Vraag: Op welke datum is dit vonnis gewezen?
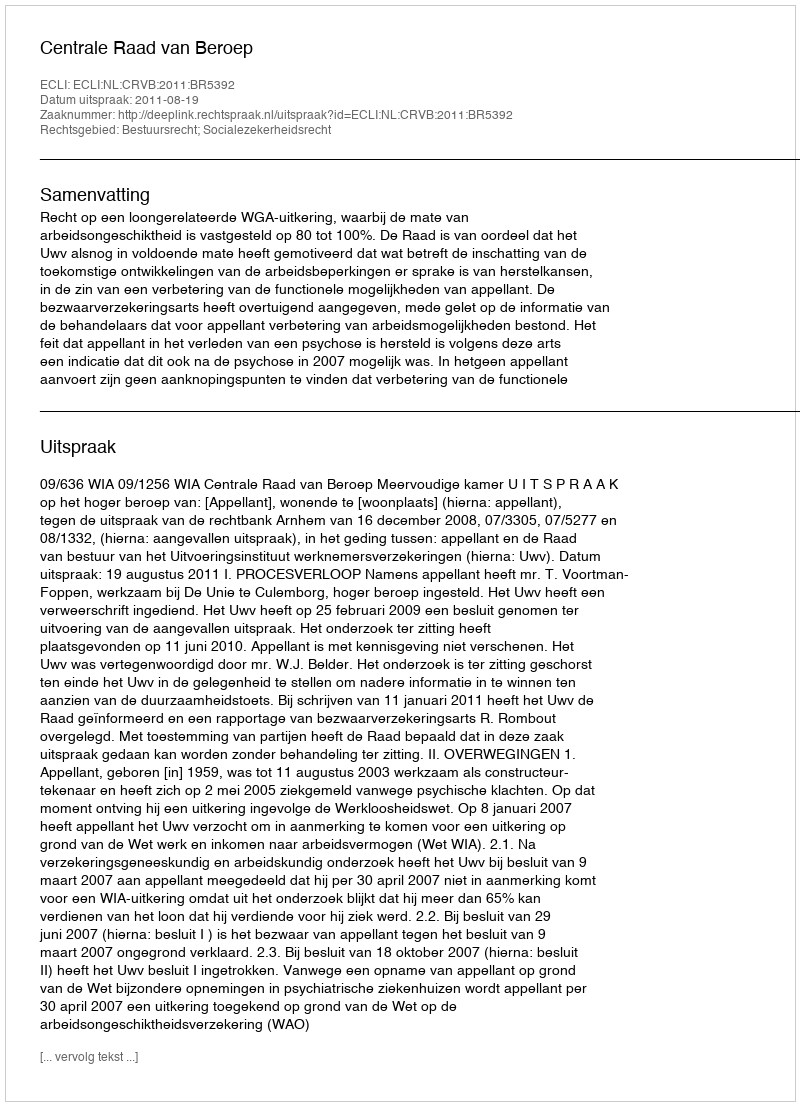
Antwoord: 2011-08-19